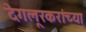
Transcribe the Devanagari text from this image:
देगलूरकरांच्या